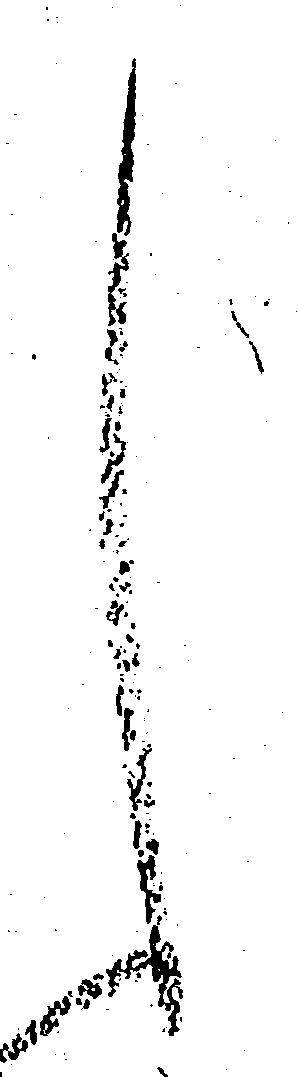
く